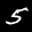
Label: 5